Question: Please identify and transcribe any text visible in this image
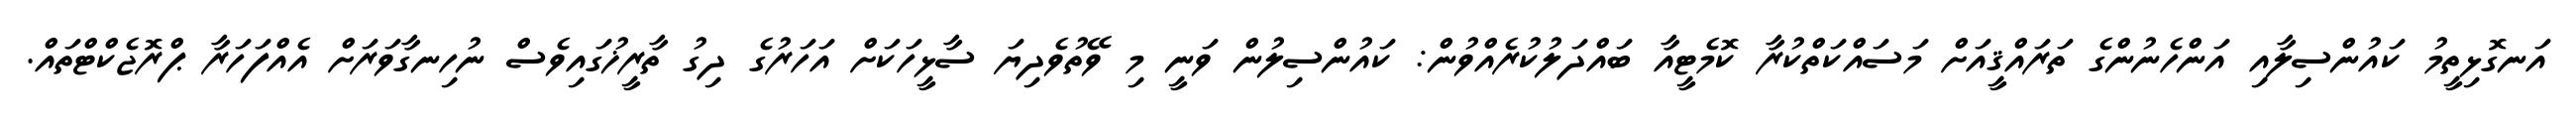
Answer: އަނގޮޅިތީމު ކައުންސިލާއި އަންހެނުންގެ ތަރައްޤީއަށް މަސައްކަތްކުރާ ކޮމެޓީއާ ބައްދަލުކުރެއްވުން: ކައުންސިލުން ވަނީ މި ވޭތުވެދިޔަ ސާޅީހަކަށް އަހަރުގެ ދިގު ތާރީޚުގައިވެސް ނުހިނގާވަރަށް އެއްފަހަރާ ޕްރޮޖެކްޓްތައް.